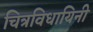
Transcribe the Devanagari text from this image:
चित्रविधायिनी